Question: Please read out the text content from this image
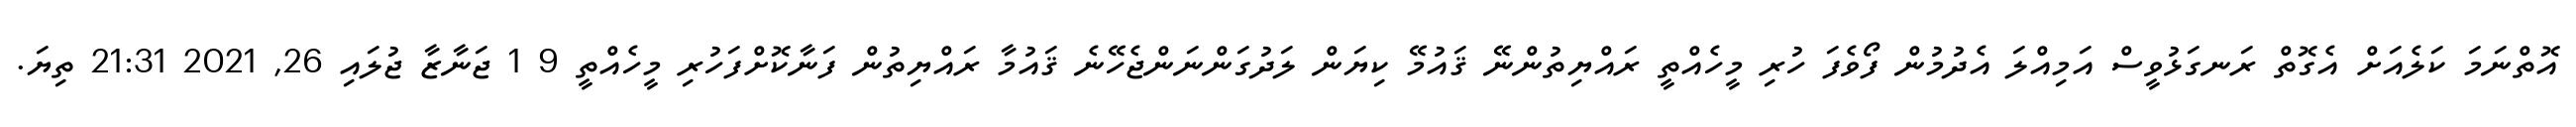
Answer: އޮތްނަމަ ކަލެއަށް އެގޮތް ރަނގަޅުވީސް އަމިއްލަ އެދުމުން ފޯވެފަ ހުރި މީހެއްތީ ރައްޔިތުންނޭ ޤައުމޭ ކިޔަން ލަދުގަންނަންޖެހޭނެ ޤައުމާ ރައްޔިތުން ފަނާކޮށްފަހުރި މީހެއްތީ 9 1 ޖަނާޒާ ޖުލައި 26, 2021 21:31 ތިޔަ.